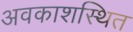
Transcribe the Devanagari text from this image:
अवकाशस्थित